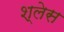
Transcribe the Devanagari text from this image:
श्लेस